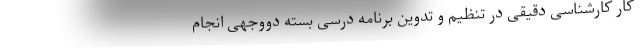
کار کارشناسی دقیقی در تنظیم و تدوین برنامه درسی بسته دووجهی انجام